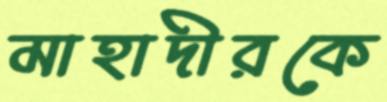
মাহাদীরকে